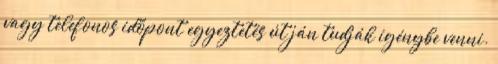
vagy telefonos időpont egyeztetés út ján tudják igénybe venni.